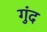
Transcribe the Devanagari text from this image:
गुंद